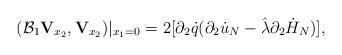
LaTeX: \begin{align*}(\mathcal{B}_1{\mathbf V}_{x_2},{\mathbf V}_{x_2})|_{x_1=0}=2[\partial_2\dot{q}(\partial_2\dot{u}_{N}-\hat{\lambda}\partial_2\dot{H}_{N})],\end{align*}